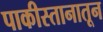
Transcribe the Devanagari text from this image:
पाकीस्तानातून